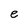
Character: e